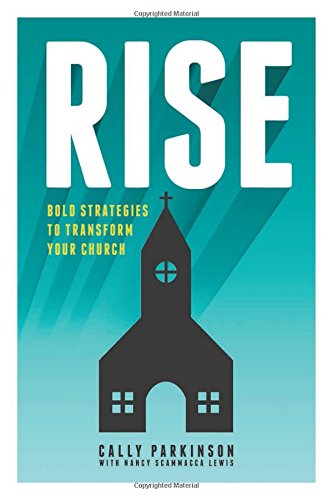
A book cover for Rise: Bold Strategies to Transform Your Church; Christian Books & Bibles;